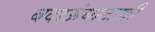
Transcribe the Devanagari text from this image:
बदाऊंघाटाची